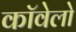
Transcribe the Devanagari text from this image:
कॉवेलो